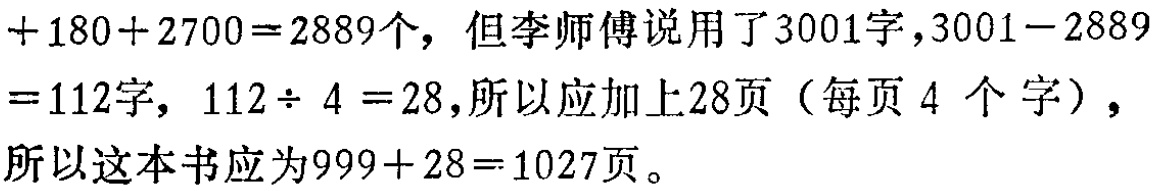
$+180 + 2700 = 2889个，但李师傅说用了3001字，3001 - 2889 = 112字，112\div 4 = 28，所以应加上28页（每页4 个 字），所以这本书应为999 + 28 = 1027页。$